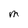
Character: M